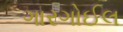
ગારગોઈલ